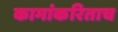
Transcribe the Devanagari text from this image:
कामांकरिताच